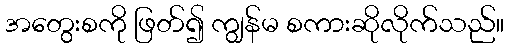
အတွေးစကို ဖြတ်၍ ကျွန်မ စကားဆိုလိုက်သည်။